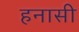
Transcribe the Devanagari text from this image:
हनासी